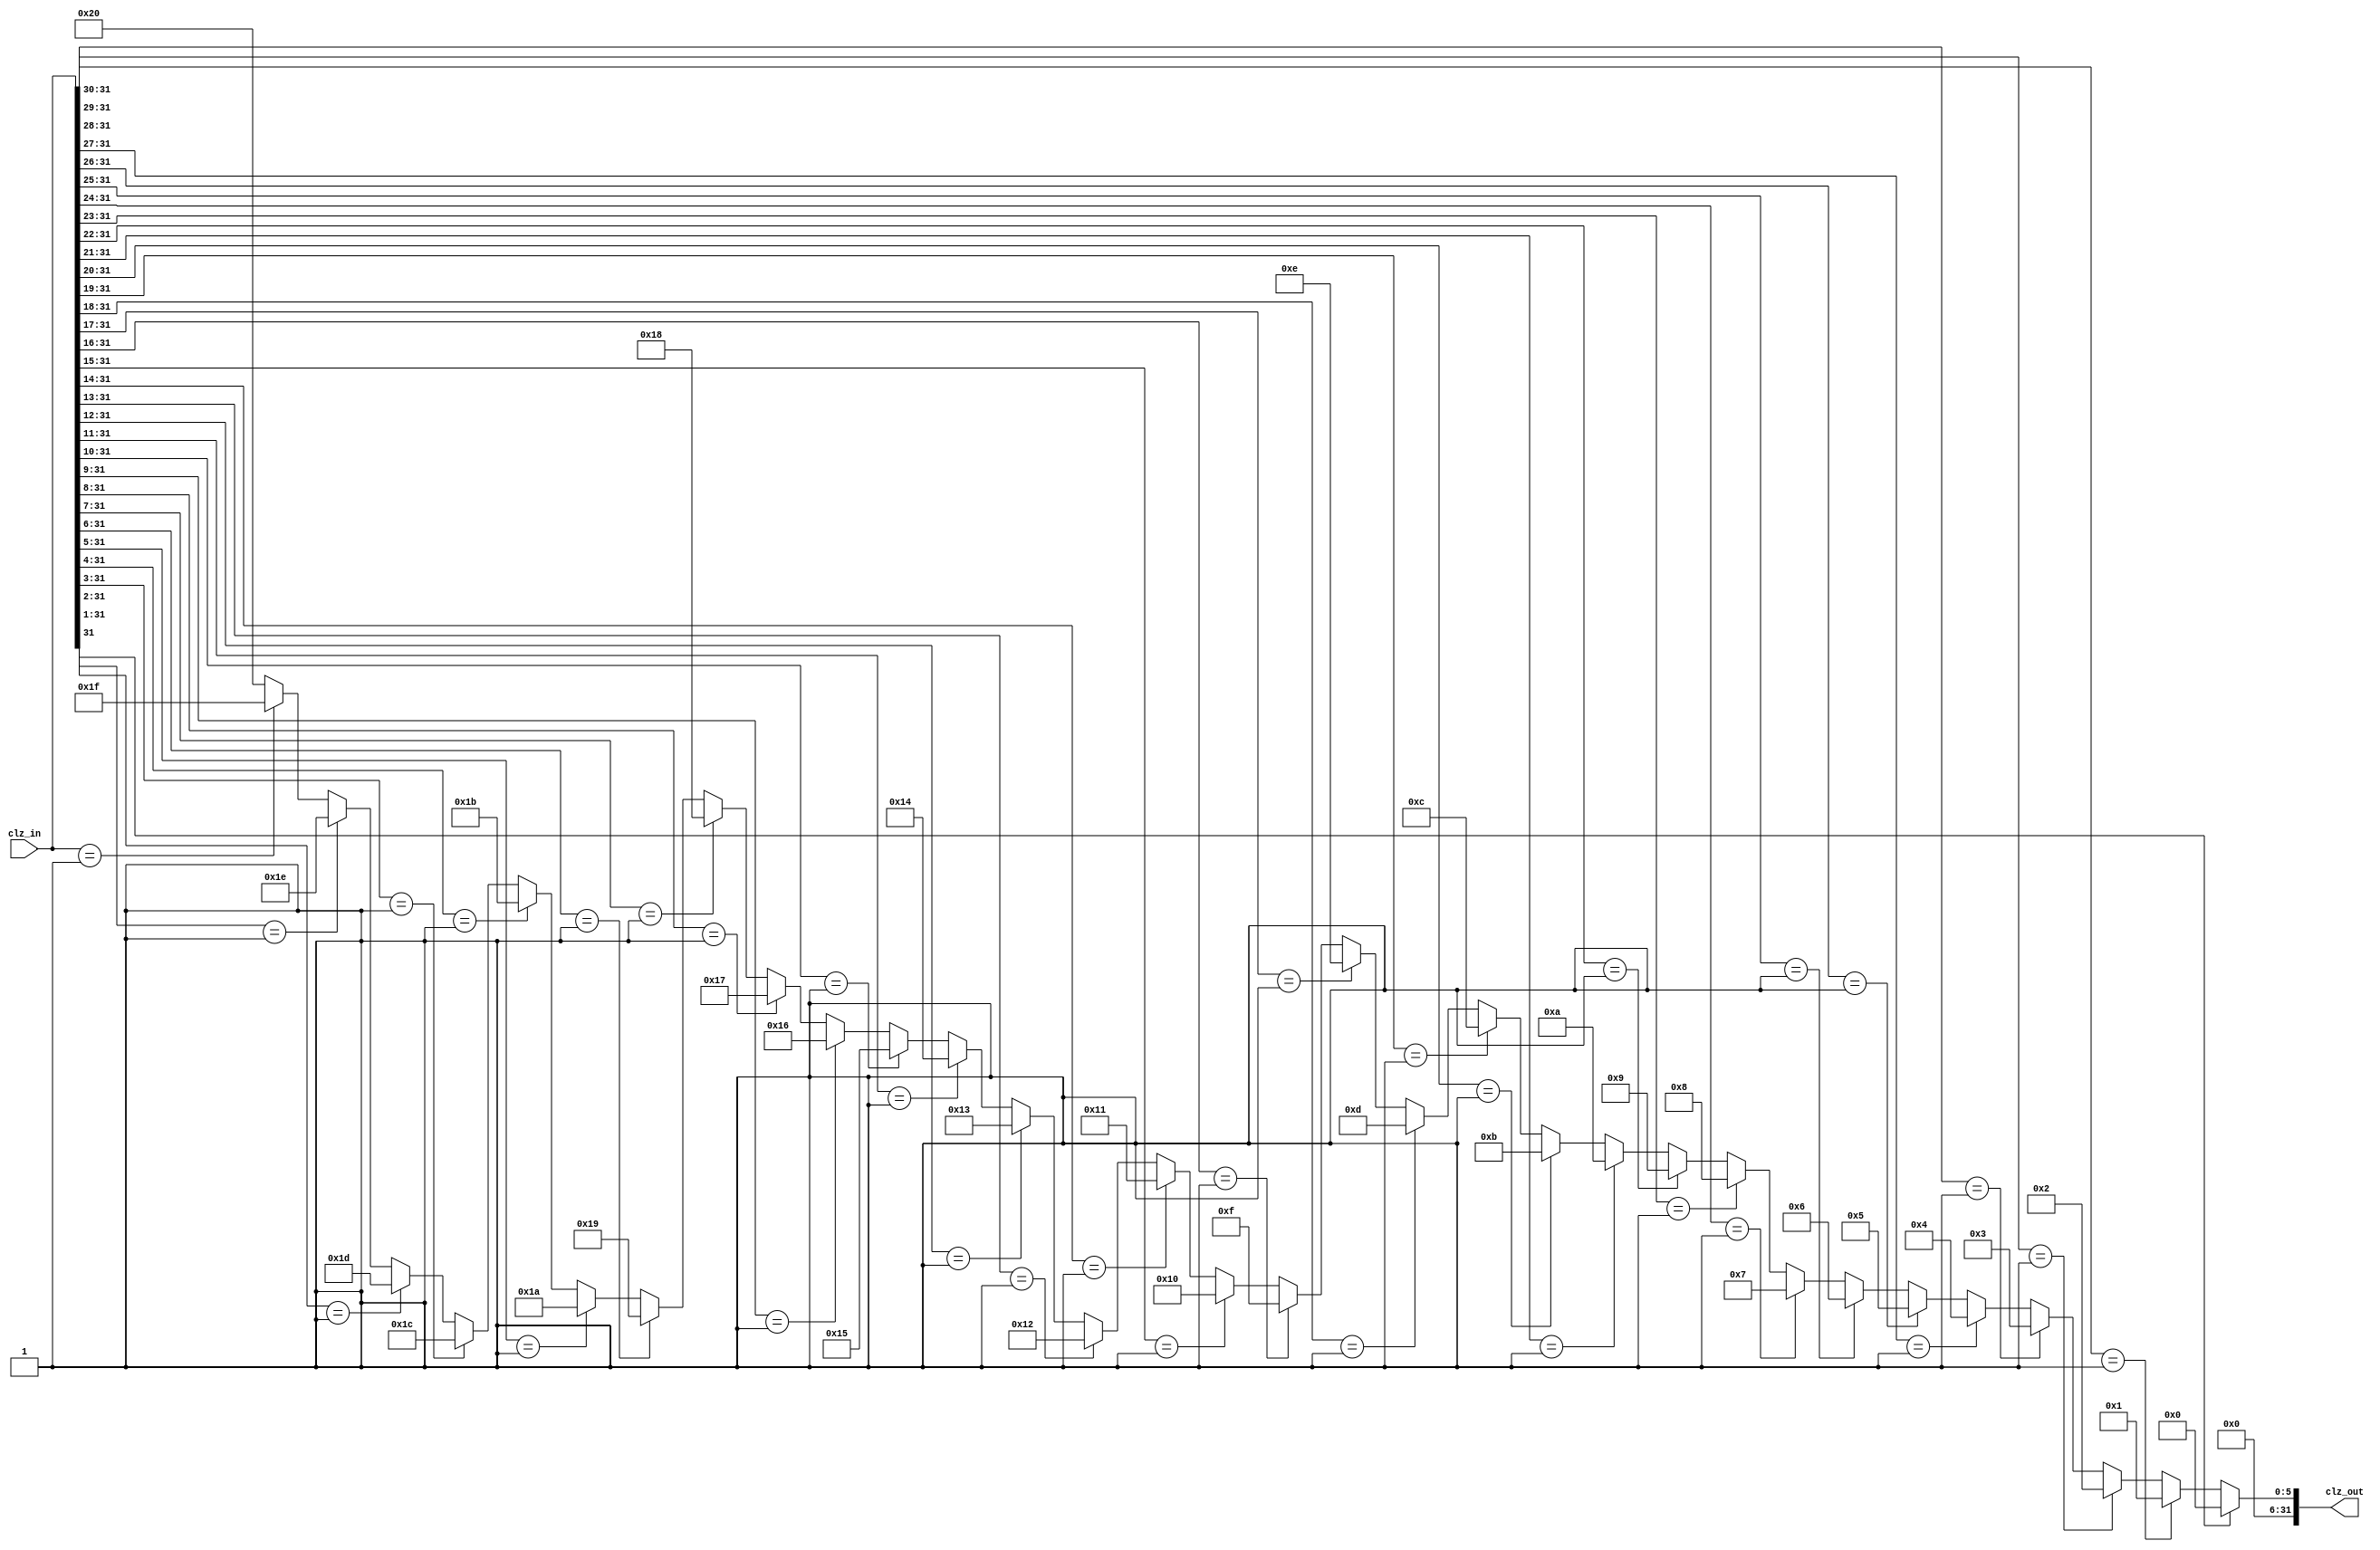
`timescale 1ns / 1ps
//////////////////////////////////////////////////////////////////////////////////
// Company: 
// Engineer: 
// 
// Design Name: 
// Module Name: CLZ
// Project Name: 
// Target Devices: 
// Tool Versions: 
// Description: 
// 
// Dependencies: 
// 
// Revision:
// Revision 0.01 - File Created
// Additional Comments:
// 
//////////////////////////////////////////////////////////////////////////////////


module CLZ(
    input [31:0] clz_in,
    output [31:0] clz_out
    );
    
    assign clz_out = 
        clz_in[31:31] == 1'b1 ? 32'd0:
        clz_in[31:30] == 2'b01 ? 32'd1:
        clz_in[31:29] == 3'b001 ? 32'd2:
        clz_in[31:28] == 4'b0001 ? 32'd3:
        clz_in[31:27] == 5'b00001 ? 32'd4:
        clz_in[31:26] == 6'b000001 ? 32'd5:
        clz_in[31:25] == 7'b0000001 ? 32'd6:
        clz_in[31:24] == 8'b00000001 ? 32'd7:
        clz_in[31:23] == 9'b000000001 ? 32'd8:
        clz_in[31:22] == 10'b0000000001 ? 32'd9:
        clz_in[31:21] == 11'b00000000001 ? 32'd10:
        clz_in[31:20] == 12'b000000000001 ? 32'd11:
        clz_in[31:19] == 13'b0000000000001 ? 32'd12:
        clz_in[31:18] == 14'b00000000000001 ? 32'd13:
        clz_in[31:17] == 15'b000000000000001 ? 32'd14:
        clz_in[31:16] == 16'b0000000000000001 ? 32'd15:
        clz_in[31:15] == 17'b00000000000000001 ? 32'd16:
        clz_in[31:14] == 18'b000000000000000001 ? 32'd17:
        clz_in[31:13] == 19'b0000000000000000001 ? 32'd18:
        clz_in[31:12] == 20'b00000000000000000001 ? 32'd19:
        clz_in[31:11] == 21'b000000000000000000001 ? 32'd20:
        clz_in[31:10] == 22'b0000000000000000000001 ? 32'd21:
        clz_in[31:9] == 23'b00000000000000000000001 ? 32'd22:
        clz_in[31:8] == 24'b000000000000000000000001 ? 32'd23:
        clz_in[31:7] == 25'b0000000000000000000000001 ? 32'd24:
        clz_in[31:6] == 26'b00000000000000000000000001 ? 32'd25:
        clz_in[31:5] == 27'b000000000000000000000000001 ? 32'd26:
        clz_in[31:4] == 28'b0000000000000000000000000001 ? 32'd27:
        clz_in[31:3] == 29'b00000000000000000000000000001 ? 32'd28:
        clz_in[31:2] == 30'b000000000000000000000000000001 ? 32'd29:
        clz_in[31:1] == 31'b0000000000000000000000000000001 ? 32'd30:
        clz_in[31:0] == 32'b00000000000000000000000000000001 ? 32'd31:
        32'd32;
endmodule